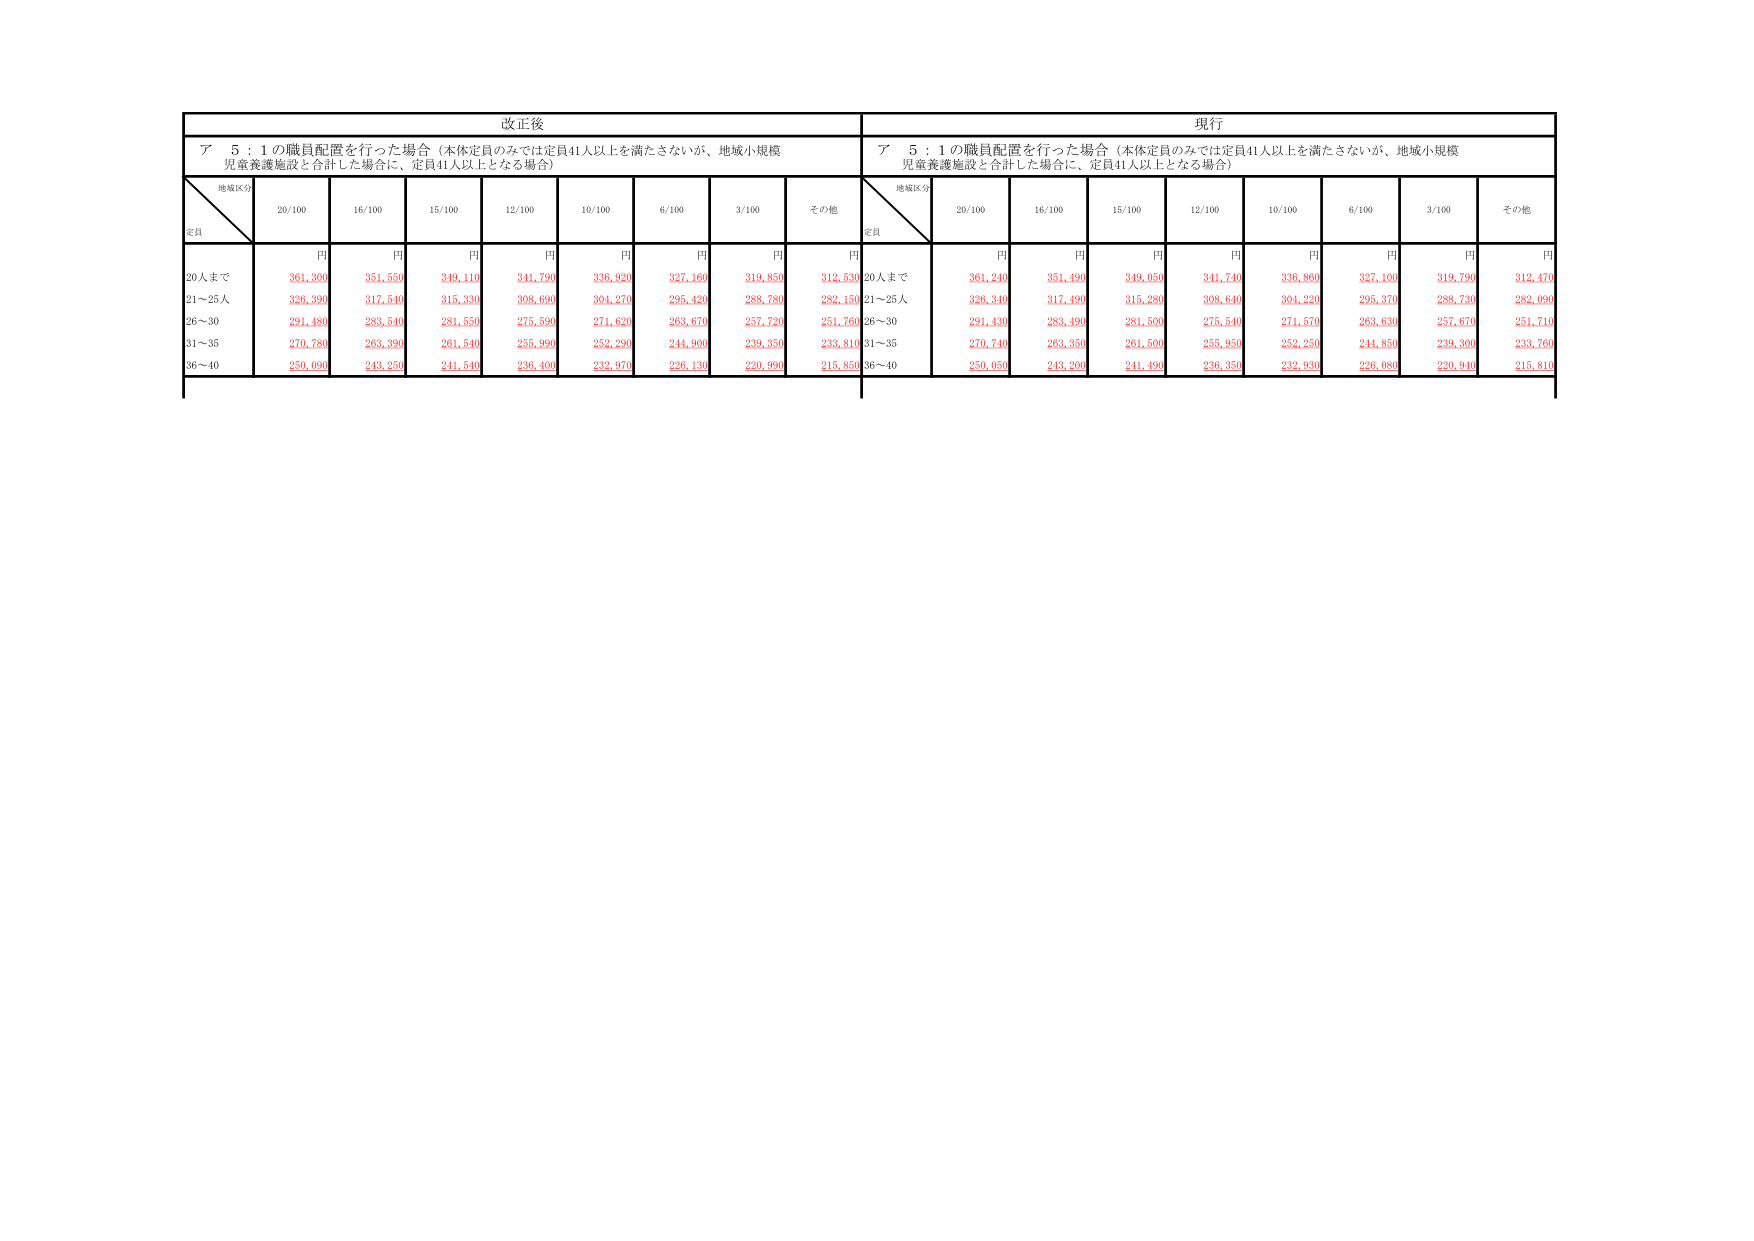
改正後
ア 5：1の職員配置を行った場合（本体定員のみでは定員41人以上を満たさないが、地域小規模
児童養護施設と合計した場合に、定員41人以上となる場合）
地域区分
定員
20/100
16/100
15/100
12/100
10/100
6/100
3/100
その他
円
円
円
円
円
円
円
円
20人まで
361,300
351,550
349,110
341,790
336,920
327,160
319,850
312,530
21～25人
326,390
317,540
315,330
308,690
304,270
295,420
288,780
282,150
26～30
291,480
283,540
281,550
275,590
271,620
263,670
257,720
251,760
31～35
270,780
263,390
261,540
255,990
252,290
244,900
239,350
233,810
36～40
250,090
243,250
241,540
236,400
232,970
226,130
220,990
215,850
現行
ア 5：1の職員配置を行った場合（本体定員のみでは定員41人以上を満たさないが、地域小規模
児童養護施設と合計した場合に、定員41人以上となる場合）
地域区分
定員
20/100
16/100
15/100
12/100
10/100
6/100
3/100
その他
円
円
円
円
円
円
円
円
20人まで
361,240
351,490
349,050
341,740
336,860
327,100
319,790
312,470
21～25人
326,340
317,490
315,280
308,640
304,220
295,370
288,730
282,090
26～30
291,430
283,490
281,500
275,540
271,570
263,630
257,670
251,710
31～35
270,740
263,350
261,500
255,950
252,250
244,850
239,300
233,760
36～40
250,050
243,200
241,490
236,350
232,930
226,080
220,940
215,810